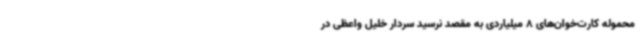
محموله کارت‌خوان‌های 8 میلیاردی به مقصد نرسید سردار خلیل واعظی در